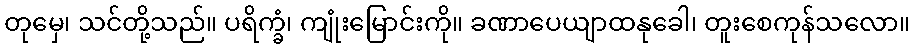
တုမှေ၊ သင်တို့သည်။ ပရိက္ခံ၊ ကျုံးမြောင်းကို။ ခဏာပေယျာထနုခေါ၊ တူးစေကုန်သလော။